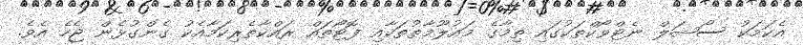
އެކަމަކު ސޯޝަލް ނެޓްވޯކްތަކުގައި ތިމާގެ މައުލޫމާތުތަކާއި ފޮޓޯތައް ރައްކާތެރިކަމާއެކު ގެންގުޅެން ޖެހެ އެވެ.